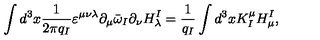
\int d ^ { 3 } x \frac { 1 } { 2 \pi q _ { I } } \varepsilon ^ { \mu \nu \lambda } \partial _ { \mu } \bar { \omega } _ { I } \partial _ { \nu } H _ { \lambda } ^ { I } = \frac { 1 } { q _ { I } } \int d ^ { 3 } x K _ { I } ^ { \mu } H _ { \mu } ^ { I } ,